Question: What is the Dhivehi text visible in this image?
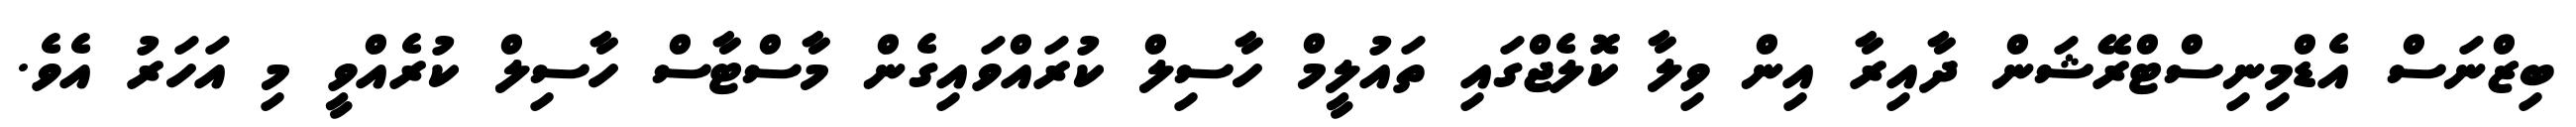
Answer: ބިޒްނަސް އެޑްމިނިސްޓްރޭޝަން ދާއިރާ އިން ވިލާ ކޮލެޖްގައި ތައުލީމް ހާސިލް ކުރައްވައިގެން މާސްޓާސް ހާސިލް ކުރެއްވީ މި އަހަރު އެވެ.